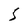
Character: S